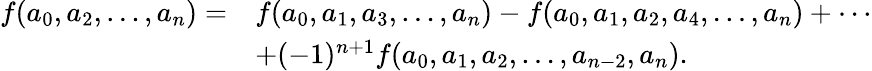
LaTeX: \begin{array}{rl}{f(a_{0},a_{2},\dots,a_{n})=}&{f(a_{0},a_{1},a_{3},\dots,a_{n})-f(a_{0},a_{1},a_{2},a_{4},\dots,a_{n})+\cdots}\\ &{+(-1)^{n+1}f(a_{0},a_{1},a_{2},\dots,a_{n-2},a_{n}).}\end{array}